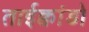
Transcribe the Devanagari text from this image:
ताईक्वांडो